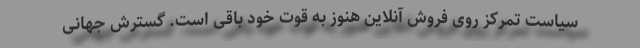
سیاست تمرکز روی فروش آنلاین هنوز به قوت خود باقی است. گسترش جهانی